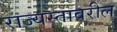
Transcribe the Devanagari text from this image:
राज्यस्तावरील